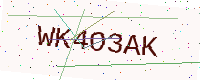
Text: WK4O3AK